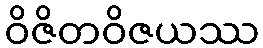
ဝိဇိတဝိဇယဿ